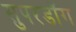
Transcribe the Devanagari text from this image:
सुपरडॉग